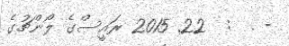
- .  :  22